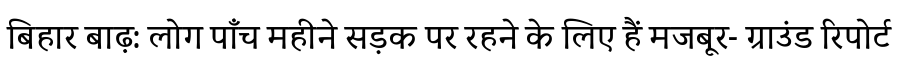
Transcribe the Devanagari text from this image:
बिहार बाढ़: लोग पाँच महीने सड़क पर रहने के लिए हैं मजबूर- ग्राउंड रिपोर्ट